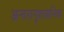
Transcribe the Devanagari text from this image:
अन्तरानुशासनिक